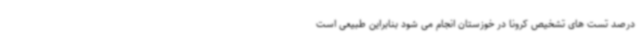
درصد تست های تشخیص کرونا در خوزستان انجام می شود بنابراین طبیعی است